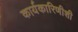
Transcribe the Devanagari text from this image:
कार्यकारिणीशी